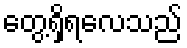
တွေ့ရှိရလေသည်